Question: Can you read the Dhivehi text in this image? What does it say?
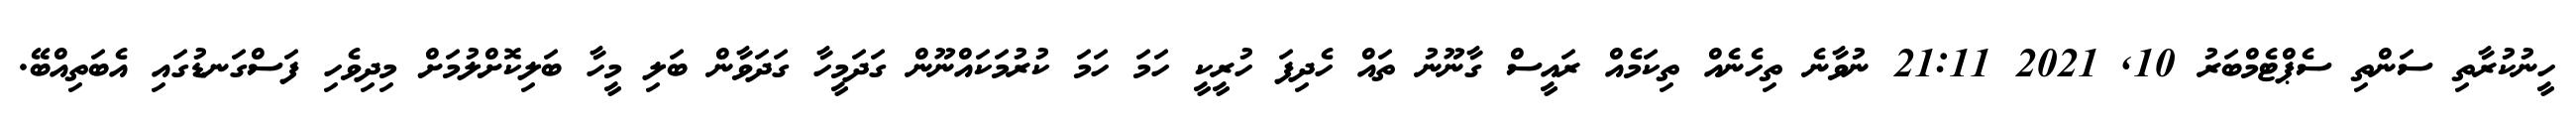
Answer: ހީނުކުރާތި ސަންތި ސެޕްޓެމްބަރު 10, 2021 21:11 ނުވާނެ ތިހެނެއް ތިކަމެއް ރައީސް ގާނޫނު ތައް ހެދިފަ ހުރީކީ ހަމަ ހަމަ ކުރުމަކައްނޫން ގަދަމީހާ ގަދަވާން ބަލި މީހާ ބަލިކޮށްލުމަށް މިދިވެހި ފަސްގަނޑުގައި އެބަތިއްބޭ.